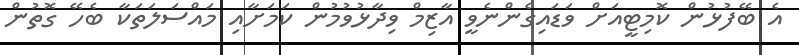
އެ ބޭފުޅުން ކޮމިޓީއަށް ވަޑައިގެންނެވީ އާޒިމް ވިދާޅުވުމުން ކަމަށާއި މައްސަލަތަކާ ބެހޭ ގޮތުން